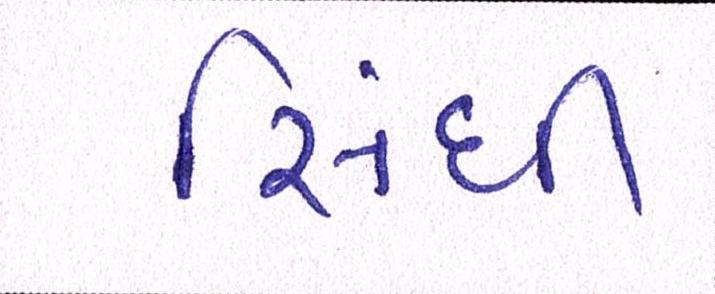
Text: સિંધી